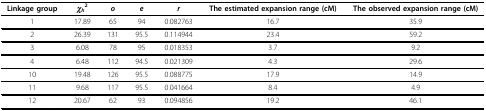
<table><thead><tr><td><b>Linkage group</b></td><td><b><i>χ</i><sub><i>h</i></sub><sup>2</sup></b></td><td><b><i>o</i></b></td><td><b><i>e</i></b></td><td><b><i>r</i></b></td><td><b>The estimated expansion range (cM)</b></td><td><b>The observed expansion range (cM)</b></td></tr></thead><tbody><tr><td>1</td><td>17.89</td><td>65</td><td>94</td><td>0.082763</td><td>16.7</td><td>35.9</td></tr><tr><td>2</td><td>26.39</td><td>131</td><td>95.5</td><td>0.114944</td><td>23.4</td><td>59.2</td></tr><tr><td>3</td><td>6.08</td><td>78</td><td>95</td><td>0.018353</td><td>3.7</td><td>9.2</td></tr><tr><td>4</td><td>6.48</td><td>112</td><td>94.5</td><td>0.021309</td><td>4.3</td><td>29.6</td></tr><tr><td>10</td><td>19.48</td><td>126</td><td>95.5</td><td>0.088775</td><td>17.9</td><td>14.9</td></tr><tr><td>11</td><td>9.68</td><td>117</td><td>95.5</td><td>0.041664</td><td>8.4</td><td>4.9</td></tr><tr><td>12</td><td>20.67</td><td>62</td><td>93</td><td>0.094856</td><td>19.2</td><td>46.1</td></tr></tbody></table>